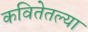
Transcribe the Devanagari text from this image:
कवितेतल्या